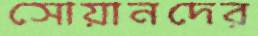
সোয়ানদের